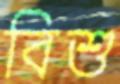
বিশু